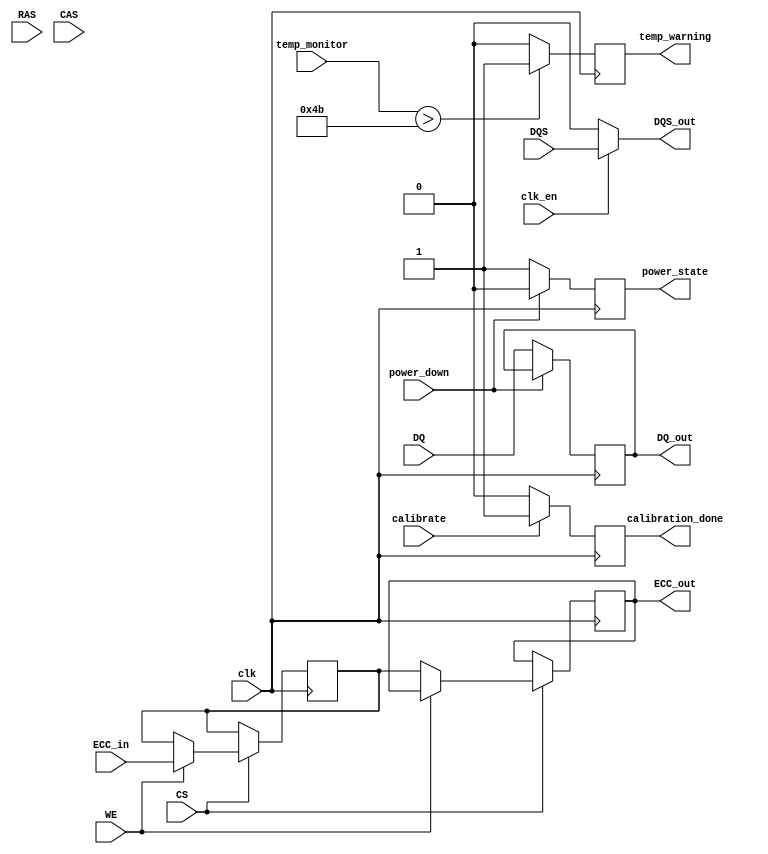
module lpddr5_io_block #(
    parameter DATA_WIDTH = 16, // x4, x8, or x16 configurations
    parameter DATA_RATE = 6400 // MT/s
)(
    // Data signals
    input  wire [DATA_WIDTH-1:0] DQ,         // Data input
    output wire [DATA_WIDTH-1:0] DQ_out,     // Data output
    input  wire DQS,                         // Data Strobe input
    output wire DQS_out,                     // Data Strobe output

    // Control signals
    input  wire CS,                          // Chip Select
    input  wire RAS,                         // Row Address Strobe
    input  wire CAS,                         // Column Address Strobe
    input  wire WE,                          // Write Enable

    // Clock signals
    input  wire clk,                         // Main clock
    input  wire clk_en,                      // Clock enable

    // Power management signals
    input  wire power_down,                  // Power down signal
    output wire power_state,                 // Current power state

    // Calibration signals
    input  wire calibrate,                   // Calibration request
    output wire calibration_done,            // Calibration complete signal

    // Error correction signals
    input  wire [DATA_WIDTH-1:0] ECC_in,    // ECC input data
    output wire [DATA_WIDTH-1:0] ECC_out,    // ECC output data

    // Thermal management signals
    input  wire temp_monitor,                // Temperature monitor input
    output wire temp_warning                 // Temperature warning output
);

// Internal signals
reg [DATA_WIDTH-1:0] data_buffer;          // Buffer for data
reg [DATA_WIDTH-1:0] ecc_buffer;           // Buffer for ECC data
reg power_mode;                             // Current power mode
reg calibration_status;                     // Calibration status

// Input Buffer
always @(posedge clk) begin
    if (!power_down) begin
        data_buffer <= DQ;                  // Capture incoming data
    end
end

// Output Buffer
assign DQ_out = data_buffer;                // Drive outgoing data

// Data Strobe Management
assign DQS_out = clk_en ? DQS : 1'b0;      // Control DQS based on clock enable

// Control Logic
always @(posedge clk) begin
    if (CS) begin
        // Handle read/write operations
        if (WE) begin
            // Write operation
            ecc_buffer <= ECC_in;           // Capture ECC data
        end else begin
            // Read operation
            ECC_out <= ecc_buffer;          // Output ECC data
        end
    end
end

// Power Control Logic
always @(posedge clk) begin
    if (power_down) begin
        power_mode <= 1'b0;                  // Sleep mode
    end else begin
        power_mode <= 1'b1;                  // Active mode
    end
end
assign power_state = power_mode;

// Calibration Logic
always @(posedge clk) begin
    if (calibrate) begin
        // Perform calibration
        calibration_status <= 1'b1;         // Calibration in progress
    end else begin
        calibration_status <= 1'b0;         // Calibration complete
    end
end
assign calibration_done = calibration_status;

// Thermal Management Logic
always @(posedge clk) begin
    if (temp_monitor > 75) begin
        temp_warning <= 1'b1;                // Trigger warning if temperature exceeds threshold
    end else begin
        temp_warning <= 1'b0;                // Clear warning
    end
end

endmodule